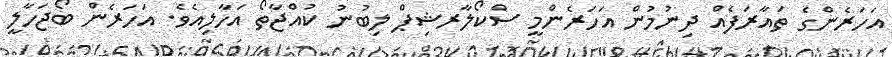
އަހަރެންގެ ތައާރަފެއް ދިނުމުން އަހަރެންމީ ސްކޯލާރޝިޕް ލިބުނު ކުއްޖާތޯ އަހާލިއެވެ. އަހަރެން ބޯޖަހާލީ